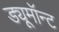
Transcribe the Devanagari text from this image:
ड्यूमॉन्ट